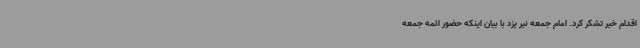
اقدام خیر تشکر کرد. امام جمعه نیر یزد با بیان اینکه حضور ائمه جمعه